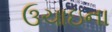
ઉચાઇના